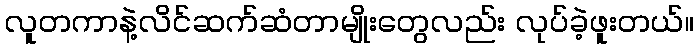
လူတကာနဲ့လိင်ဆက်ဆံတာမျိုးတွေလည်း လုပ်ခဲ့ဖူးတယ်။